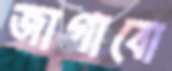
জাগাবো